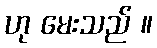
ဟု မေးသည် ။